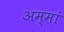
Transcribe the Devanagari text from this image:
अम्मां